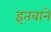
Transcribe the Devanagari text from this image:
इतबाने